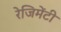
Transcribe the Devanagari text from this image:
रेजिमेंटी